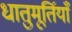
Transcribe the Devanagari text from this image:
धातुमूर्तियाँ